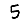
Digit: 5